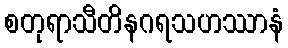
စတုရာသီတိနဂရသဟဿာနံ